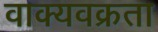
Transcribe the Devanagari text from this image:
वाक्यवक्रता